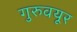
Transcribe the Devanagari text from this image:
गुरुवयूर